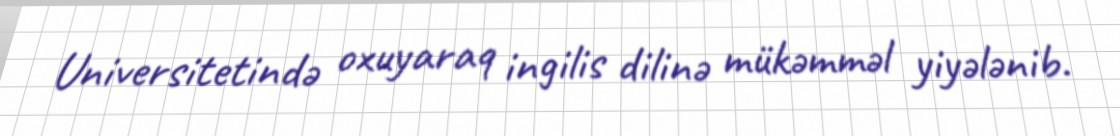
Universitetində oxuyaraq ingilis dilinə mükəmməl yiyələnib.